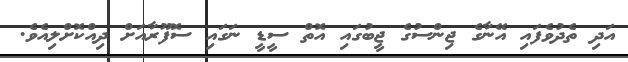
އަދި ތެދުވެފައި އޭނާގެ ޖިންސުގެ ޖީބުގައި އޮތް ސީޑީ ނަގައި ސޮފޫރާއަށް ދިއްކޮށްލިއެވެ.